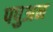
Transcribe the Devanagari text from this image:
पपुअन